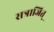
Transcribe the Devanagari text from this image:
सत्राजित्